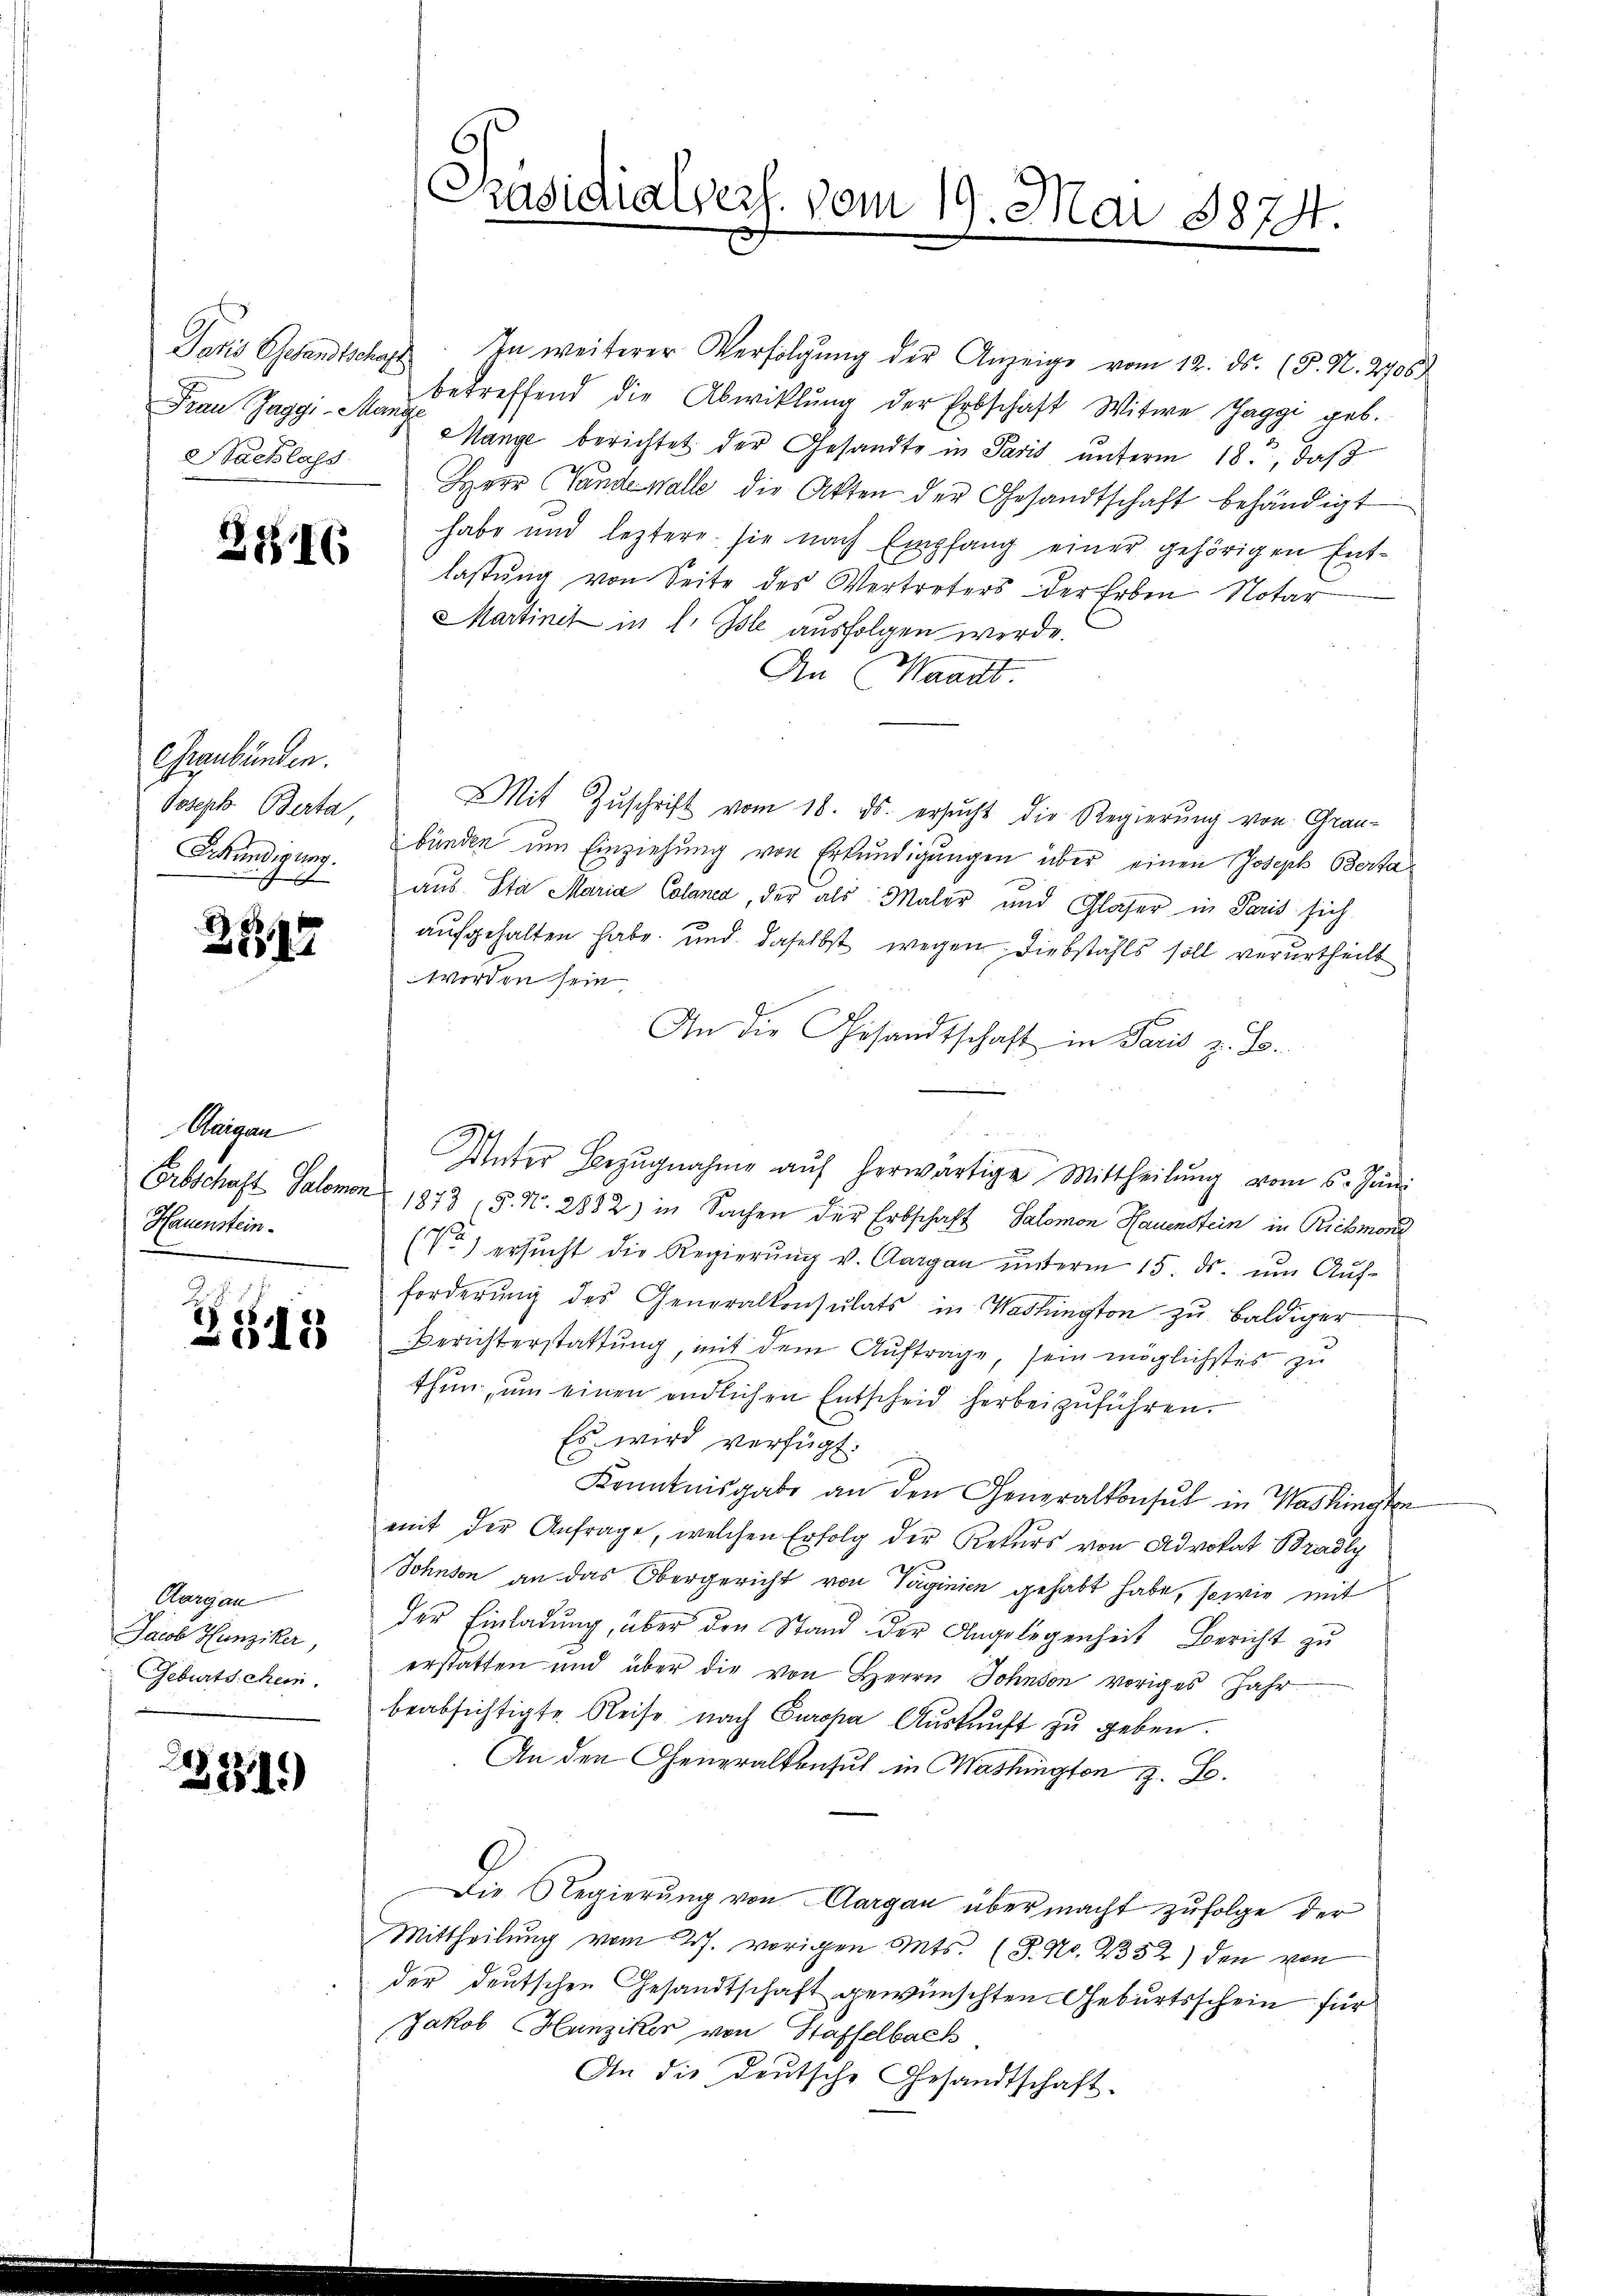
Paris Gesandtschaft
Nachlass

2816

Graubünden.
Joseph Berta,
Sekundigung.
e

2347

Unigan
Hauenstein.

548

Aargau
Jacob Hunziker,
Geburtschein.

231)

In weiterer Verfolgŭng der Anzeige vom 12. ds. (T. N. 2706
Frau Jaggi M. betreffend die Abwicklung der Erbschaft Witwe Zaggi geb.
Mange berichtet der Gesandte in Paris unterm 18., daß
Herr Pande Walle die Akten der Gesandtschaft behändigt
habe und leztere sie nach Empfang einer gehörigen Entlastung von Seite des Vertreters der Erben Notar
Martinet in l. Isle ausfolgen werde.
An Waadt.
Mit Zŭschrift vom 18. ds. ersucht die Regierung von Grau-
bünden um Einziehung von Erkundigungen über einen Joseph Bertaaus Sta Maria Calanca, der als Maler und Glaser in Paris sich
aufgehalten habe, und daselbst wegen Diebstahls soll verurtheilt
worden sein,
An die Gesandtschaft in Paris z. B.
Unter Bezŭgnahme aŭf herwärtige Mittheilŭng vom 5. Juni
Erbschaft Salomon 1873 (§. N. 2882) in Sachen der Erbschaft Salomon Hauenstein in Rickmond
) ersŭcht die Regierŭng v. Aargau ŭnterm 15. ds. ŭm Aŭf-
forderung des Generalkonsulats in Washington zu baldiger
Berichterstattung, mit dem Auftrage, sein möglichstes zu
thun, um einen endlichen Entscheid herbeizuführen.
Es wird verfügt:
Kenntnisgabe an den Generalkonsul in Washingten
mit der Anfrage, welchen Erfolg der Rekurs von Advokat Bradly
Sohnson an das Obergericht von Taginien gehabt habe, sowie mit
der Einladŭng, über den Stand der Angelegenheit Bericht zu
erstatten und über die von Herrn Johnson voriges Jahr
beabsichtigte Reise nach Europa Auskunft zu geben.
An den Generalkonsul in Washington z. B.
Die Regierung von Aargau über macht zufolge der
Mittheilung vom 27. vorigen Mts. (T. No. 2352) den von
der deutschen Gesandtschaft gewünschten Geburtsschein für
Jakob Hunziker von Staffelbach
An die Deutsche Gesandtschaft.

[Präsidialsers. vom 19. Mai 1874.